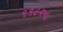
૧૧૯૨ના